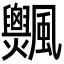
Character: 𩙞